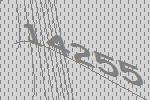
14255